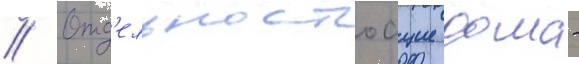
// Отд'ельностоащие дома -